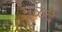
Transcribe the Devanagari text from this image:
मुळदे